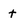
Character: t